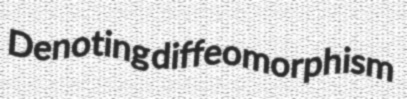
Denoting diffeomorphism